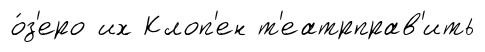
о́з'еро их Клоп'ен т'еатрправ'ить